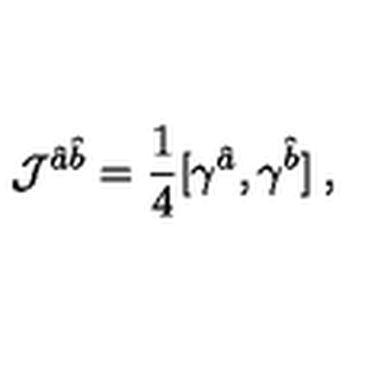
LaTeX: { \cal J } ^ { \hat { a } \hat { b } } = \frac { 1 } { 4 } [ \gamma ^ { \hat { a } } , \gamma ^ { \hat { b } } ] \: ,